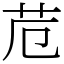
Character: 苊